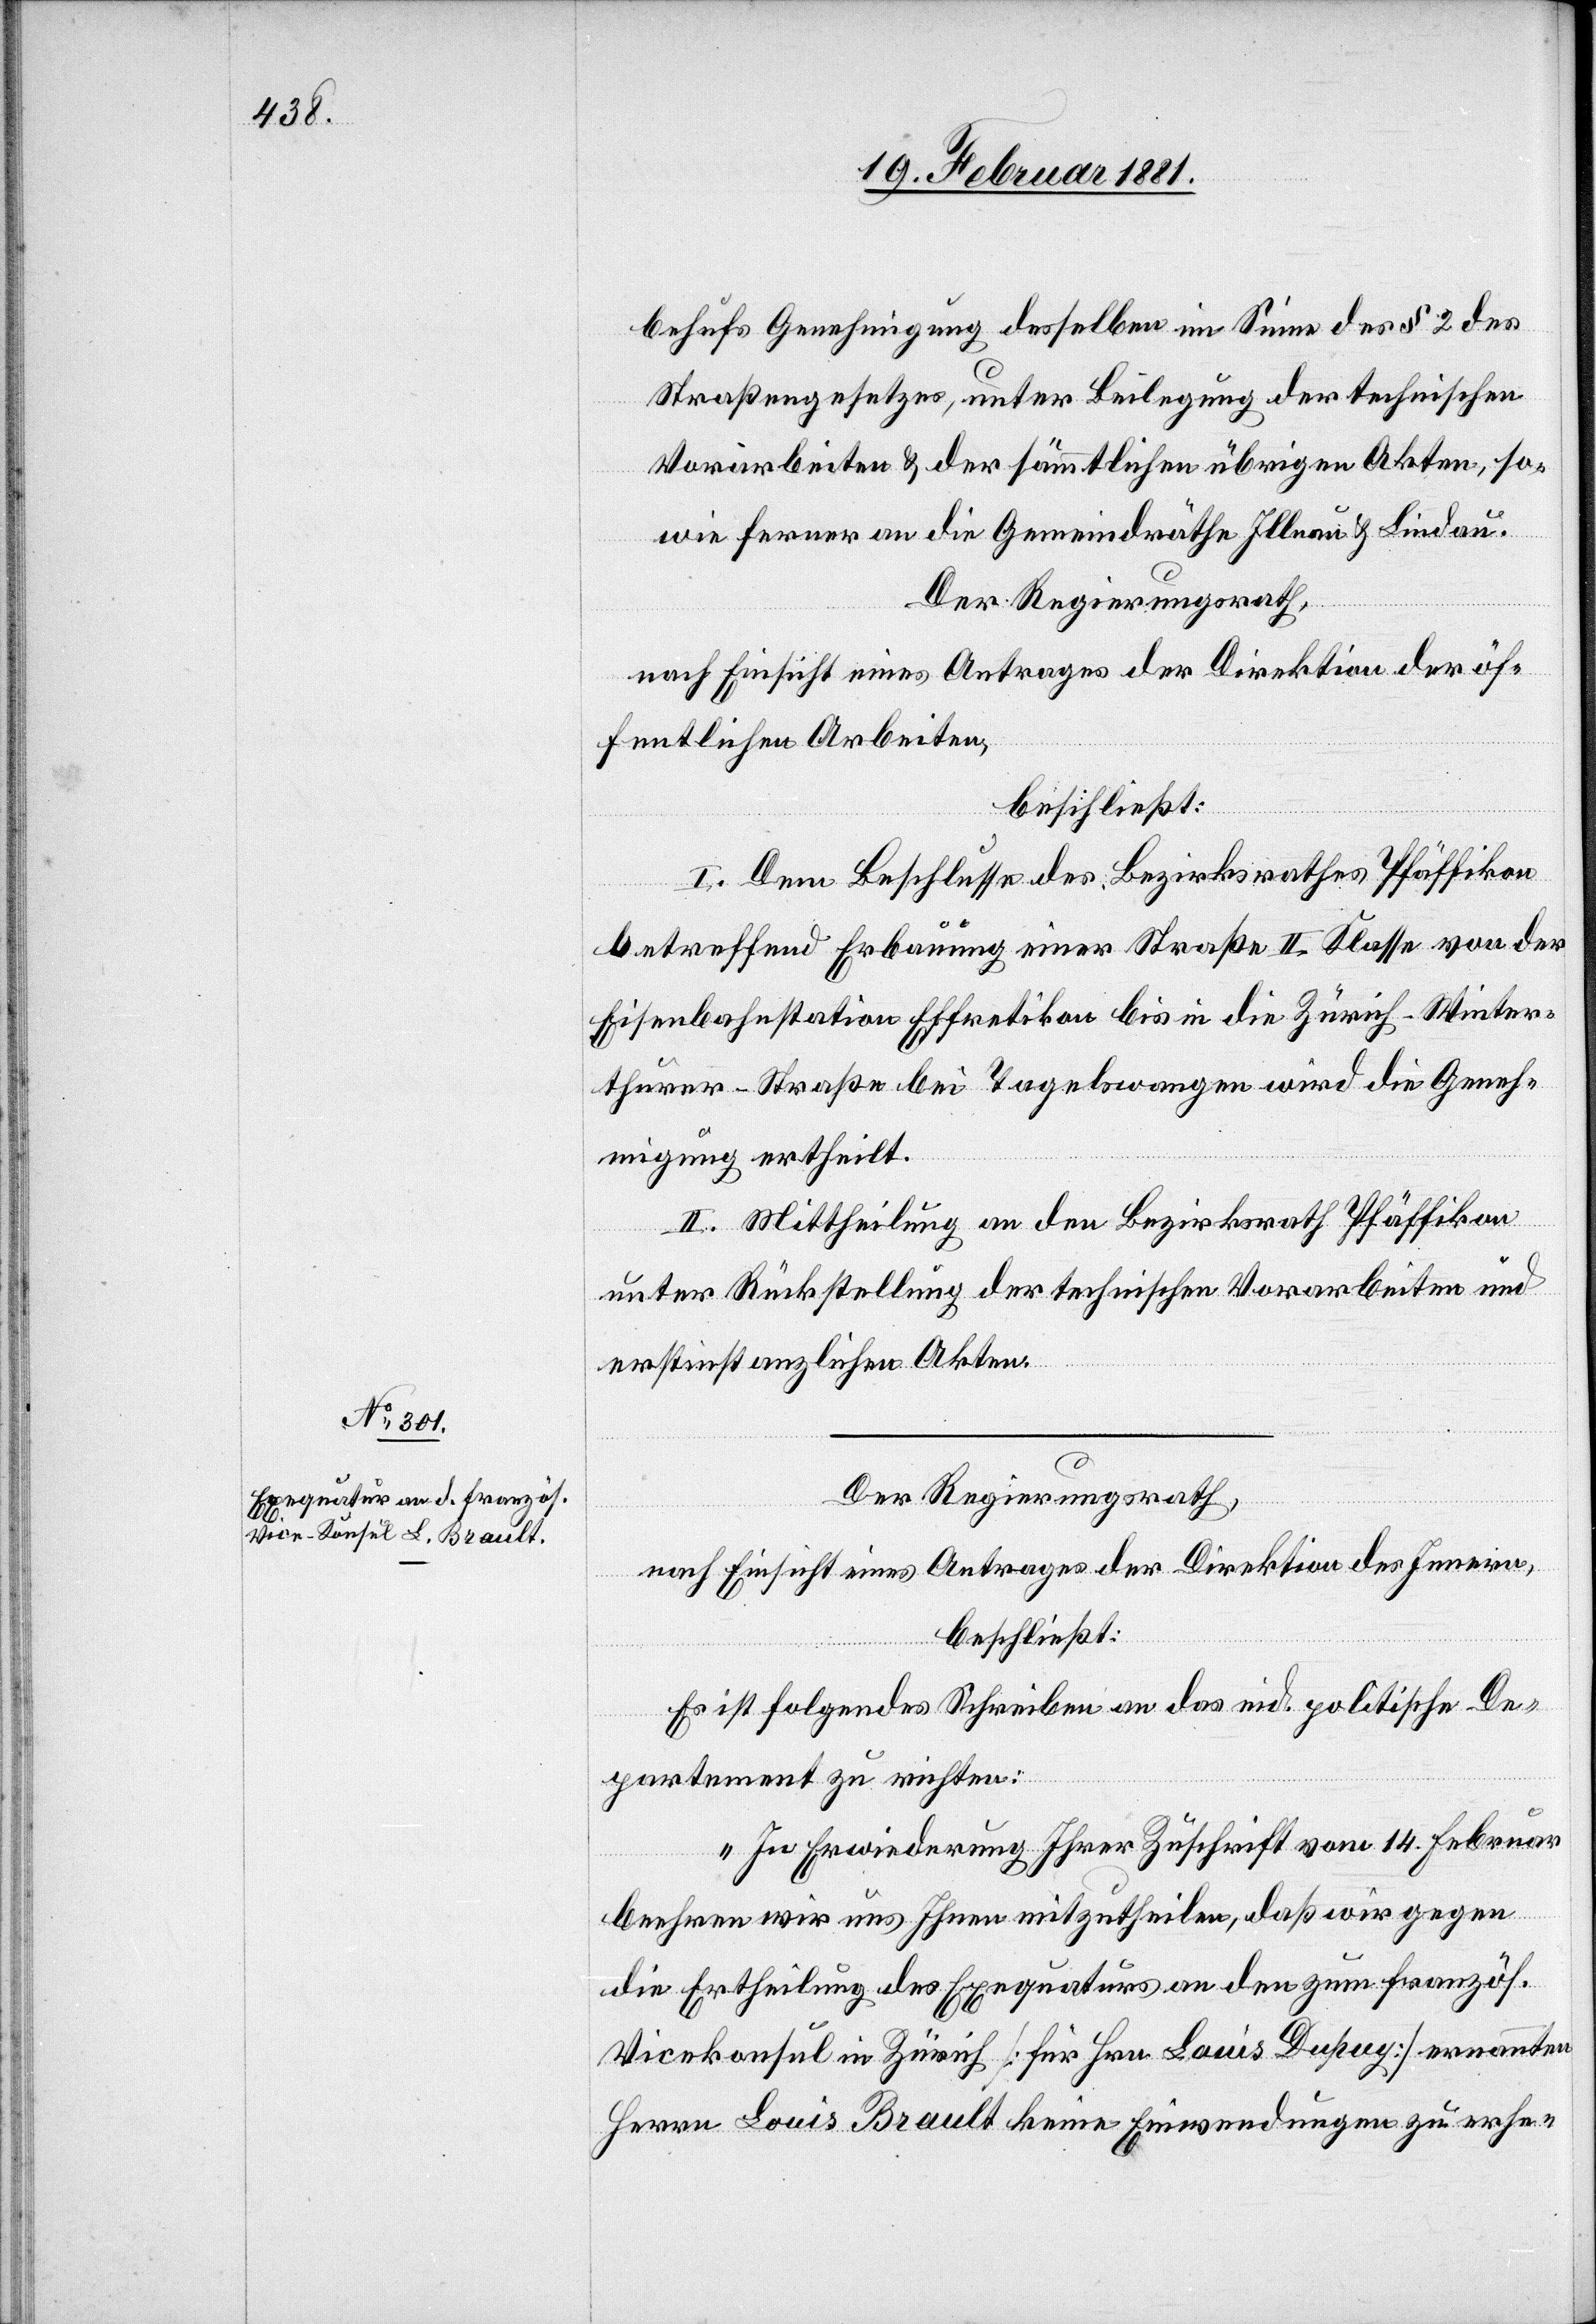
behufs Genehmigung desselben im Sinne des § 2 des
Straßengesetzes, unter Beilegung der technischen
Vorarbeiten & der sämmtlichen übrigen Akten, so¬
wie ferner an die Gemeindräthe Illnau & Lindau.
Der Regierungsrath,
nach Einsicht eines Antrages der Direktion der öf¬
fentlichen Arbeiten,
beschließt:
I. Dem Beschlusse des Bezirksrathes Pfäffikon
betreffend Erbauung einer Straße II. Klasse von der
Eisenbahnstation Effretikon bis in die Zürich–Winter¬
thurer-Straße bei Tagelswangen wird die Geneh¬
migung ertheilt.
II. Mittheilung an den Bezirksrath Pfäffikon
unter Rückstellung der technischen Vorarbeiten und
erstinstanzlichen Akten.
Der Regierungsrath,
nach Einsicht eines Antrages der Direktion des Innern,
beschließt:
Es ist folgendes Schreiben an das eid. politische De¬
partement zu richten:
„In Erwiederung Ihrer Zuschrift vom 14. Februar
beehren wir uns Ihnen mitzutheilen, daß wir gegen
die Ertheilung des Exequaturs an den zum französ.
Vicekonsul in Zürich [für Hrn. Louis Dupuy] ernannten
Herrn Louis Brault keine Einwendungen zu erhe-